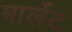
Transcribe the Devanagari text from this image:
मार्लेट